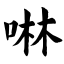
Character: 啉